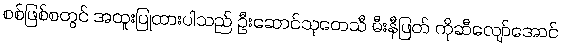
စစ်ဖြစ်စတွင် အထူးပြုထားပါသည် ဦးဆောင်သုတေသီ မီးနီဖြတ် ကိုဆီလျော်အောင်